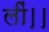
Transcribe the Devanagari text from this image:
लीं।।